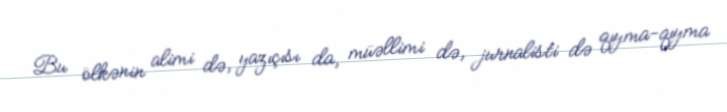
Bu ölkənin alimi də, yazıçısı da, müəllimi də, jurnalisti də qıyma-qıyma